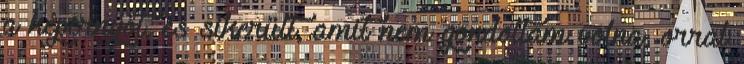
a képernyőt, és sikerült, amit nem gondoltam volna, orral